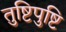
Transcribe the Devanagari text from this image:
तुष्टिपुष्टि